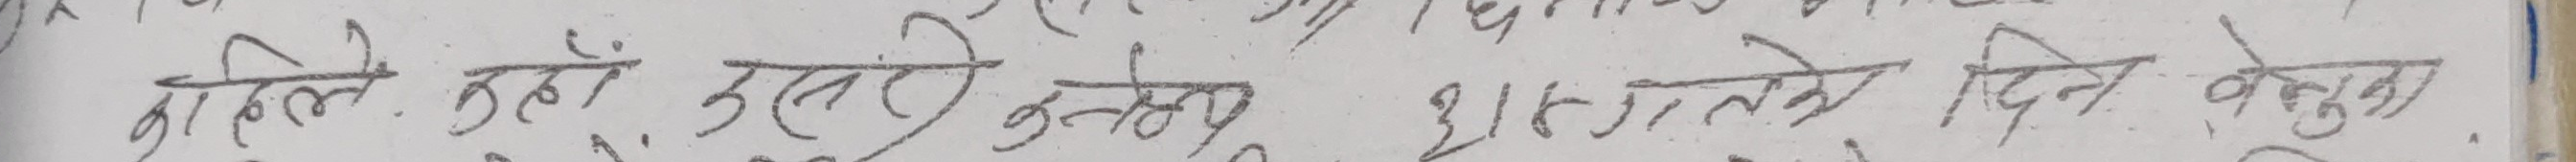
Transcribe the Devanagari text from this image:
कामिले उहाँ उत्तरि छन् उनले ३७९ ने दिन वतुका